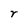
Character: r